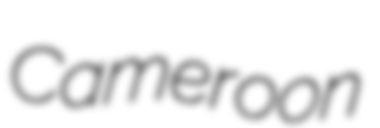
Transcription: Cameroon